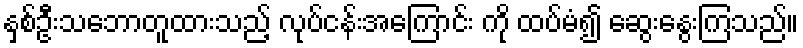
နှစ်ဦးသဘောတူထားသည့် လုပ်ငန်းအကြောင်း ကို ထပ်မံ၍ ဆွေးနွေးကြသည်။